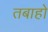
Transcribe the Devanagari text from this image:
तबाहो